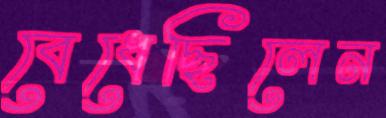
বেধেছিলেন